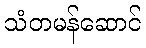
သံတမန်ဆောင်